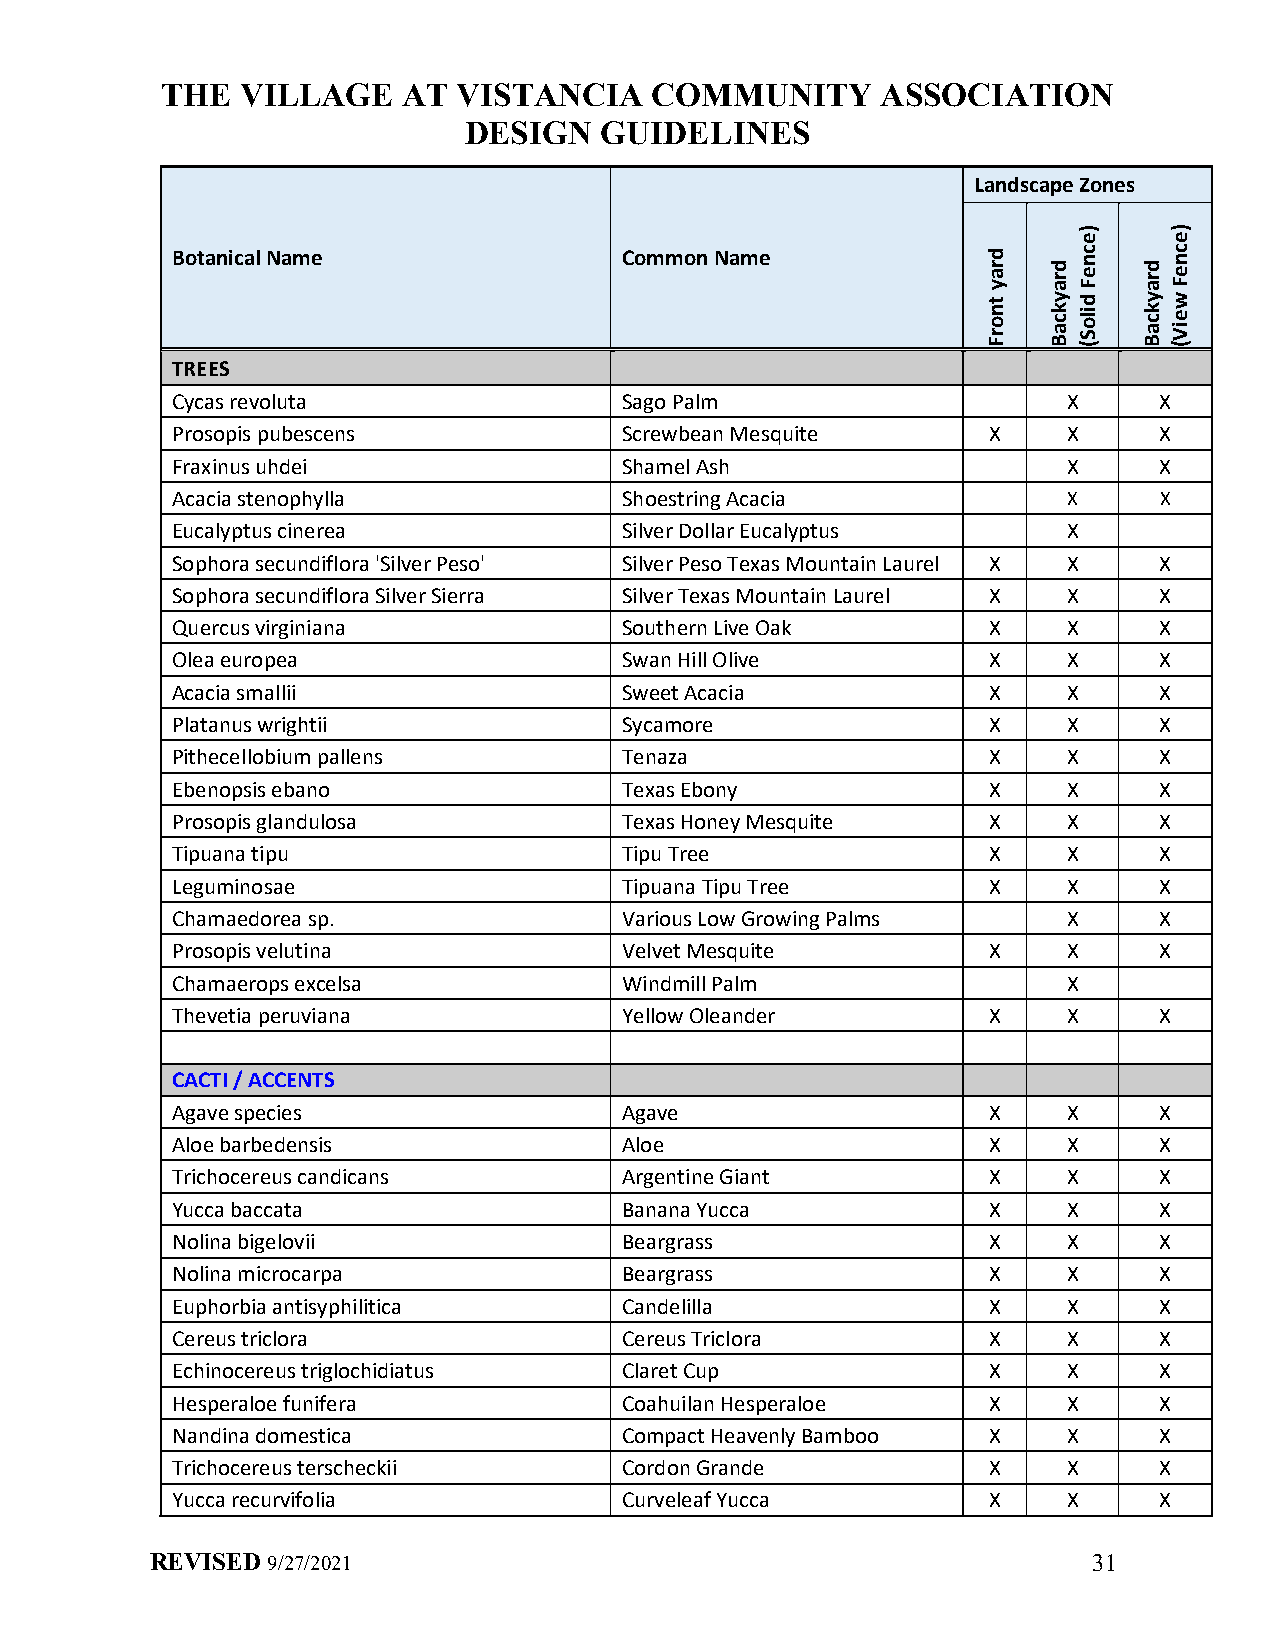
THE  VILLAGE    AT VISTANCIA    COMMUNITY      ASSOCIATION
 DESIGN   GUIDELINES
 Landscape Zones
 Botanical Name                Common Name
 TREES
 Cycas revoluta                Sago Palm                     X     X
 Prosopis pubescens            Screwbean Mesquite      X     X     X
 Fraxinus uhdei                Shamel Ash                    X     X
 Acacia stenophylla            Shoestring Acacia             X     X
 Eucalyptus cinerea            Silver Dollar Eucalyptus      X
 Sophora secundiflora 'Silver Peso' Silver Peso Texas Mountain Laurel X X X
 Sophora secundiflora Silver Sierra Silver Texas Mountain Laurel X X X
 Quercus virginiana            Southern Live Oak       X     X     X
 Olea europea                  Swan Hill Olive         X     X     X
 Acacia smallii                Sweet Acacia            X     X     X
 Platanus wrightii             Sycamore                X     X     X
 Pithecellobium pallens        Tenaza                  X     X     X
 Ebenopsis ebano               Texas Ebony             X     X     X
 Prosopis glandulosa           Texas Honey Mesquite    X     X     X
 Tipuana tipu                  Tipu Tree               X     X     X
 Leguminosae                   Tipuana Tipu Tree       X     X     X
 Chamaedorea sp.               Various Low Growing Palms     X     X
 Prosopis velutina             Velvet Mesquite         X     X     X
 Chamaerops excelsa            Windmill Palm                 X
 Thevetia peruviana            Yellow Oleander         X     X     X
 CACTI / ACCENTS
 Agave species                 Agave                   X     X     X
 Aloe barbedensis              Aloe                    X     X     X
 Trichocereus candicans        Argentine Giant         X     X     X
 Yucca baccata                 Banana Yucca            X     X     X
 Nolina bigelovii              Beargrass               X     X     X
 Nolina microcarpa             Beargrass               X     X     X
 Euphorbia antisyphilitica     Candelilla              X     X     X
 Cereus triclora               Cereus Triclora         X     X     X
 Echinocereus triglochidiatus  Claret Cup              X     X     X
 Hesperaloe funifera           Coahuilan Hesperaloe    X     X     X
 Nandina domestica             Compact Heavenly Bamboo X     X     X
 Trichocereus terscheckii      Cordon Grande           X     X     X
 Yucca recurvifolia            Curveleaf Yucca         X     X     X
 REVISED 9/27/2021                                             31
 dray
 tnorF
 draykcaB
 )ecneF
 diloS(
 draykcaB
 )ecneF
 weiV(